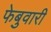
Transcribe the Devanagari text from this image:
फेबुवारी